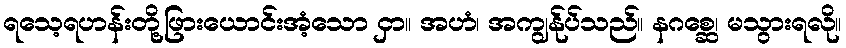
ရသေ့ရဟန်းတို့ဖြားယောင်းအံ့သော ငှာ။ အဟံ၊ အကျွန်ုပ်သည်။ နဂစ္ဆေ၊ မသွားရလို။